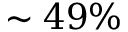
\sim 4 9 \%